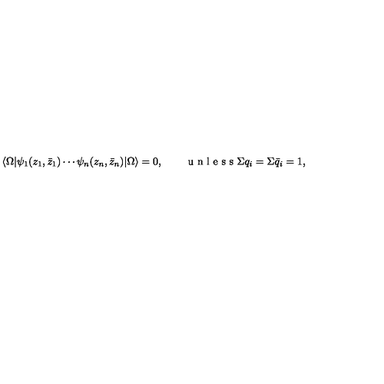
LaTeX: \langle \Omega | \psi _ { 1 } ( z _ { 1 } , \bar { z } _ { 1 } ) \cdots \psi _ { n } ( z _ { n } , \bar { z } _ { n } ) | \Omega \rangle = 0 , \qquad \textrm { u n l e s s \Sigma q _ { i } = \Sigma \bar { q } _ { i } = 1 } ,